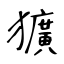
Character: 獷